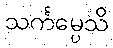
သင်္ကမ္ပေသိ